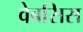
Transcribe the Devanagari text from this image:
वेबसिस